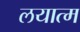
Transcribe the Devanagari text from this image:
लयात्म